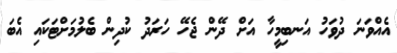
އެއްވަނަ ދުވަހު އަނބިމީހާ އަށް ދޭން ޖެހޭ ހަރަދު ކުދިން ބެލުމަށްޓަކައި އެބަ